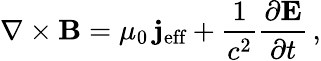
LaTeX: \nabla\times{\mathbf B}=\mu_{0}\, {\mathbf j}_{\textrm{eff}}+\frac{1}{c^{2}}\frac{\partial{\mathbf E}}{\partial t}\, ,